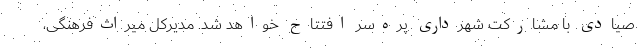
صیادی با مشارکت شهرداری پره‌سر افتتاح خواهد شد. مدیرکل میراث‌فرهنگی،